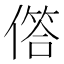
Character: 𠍹